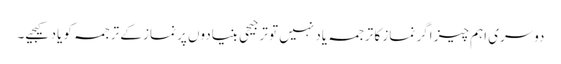
دوسری اہم چیز اگر نماز کا ترجمہ یاد نہیں تو ترجیحی بنیادوں پر نماز کے ترجمہ کو یاد کیجیے۔